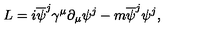
L = i \overline { { \psi } } ^ { j } { \gamma } ^ { \mu } \partial _ { \mu } { \psi } ^ { j } - m \overline { { \psi } } ^ { j } { \psi } ^ { j } ,